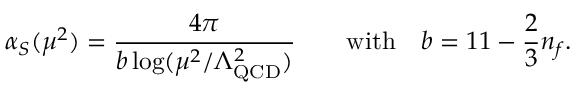
\alpha _ { S } ( \mu ^ { 2 } ) = { \frac { 4 \pi } { b \log ( \mu ^ { 2 } / \Lambda _ { \mathrm { Q C D } } ^ { 2 } ) } } \qquad \mathrm { w i t h } \quad b = 1 1 - { \frac { 2 } { 3 } } n _ { f } .